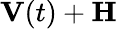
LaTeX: \mathbf{V}(t)+\mathbf{H}